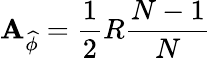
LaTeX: \mathbf{A}_{\widehat{{\phi}}}=\frac{{1}}{{2}}R\frac{{N-1}}{{N}}